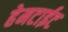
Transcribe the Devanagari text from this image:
हेमटाईट